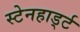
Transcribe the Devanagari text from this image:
स्टेनहार्ड्ट